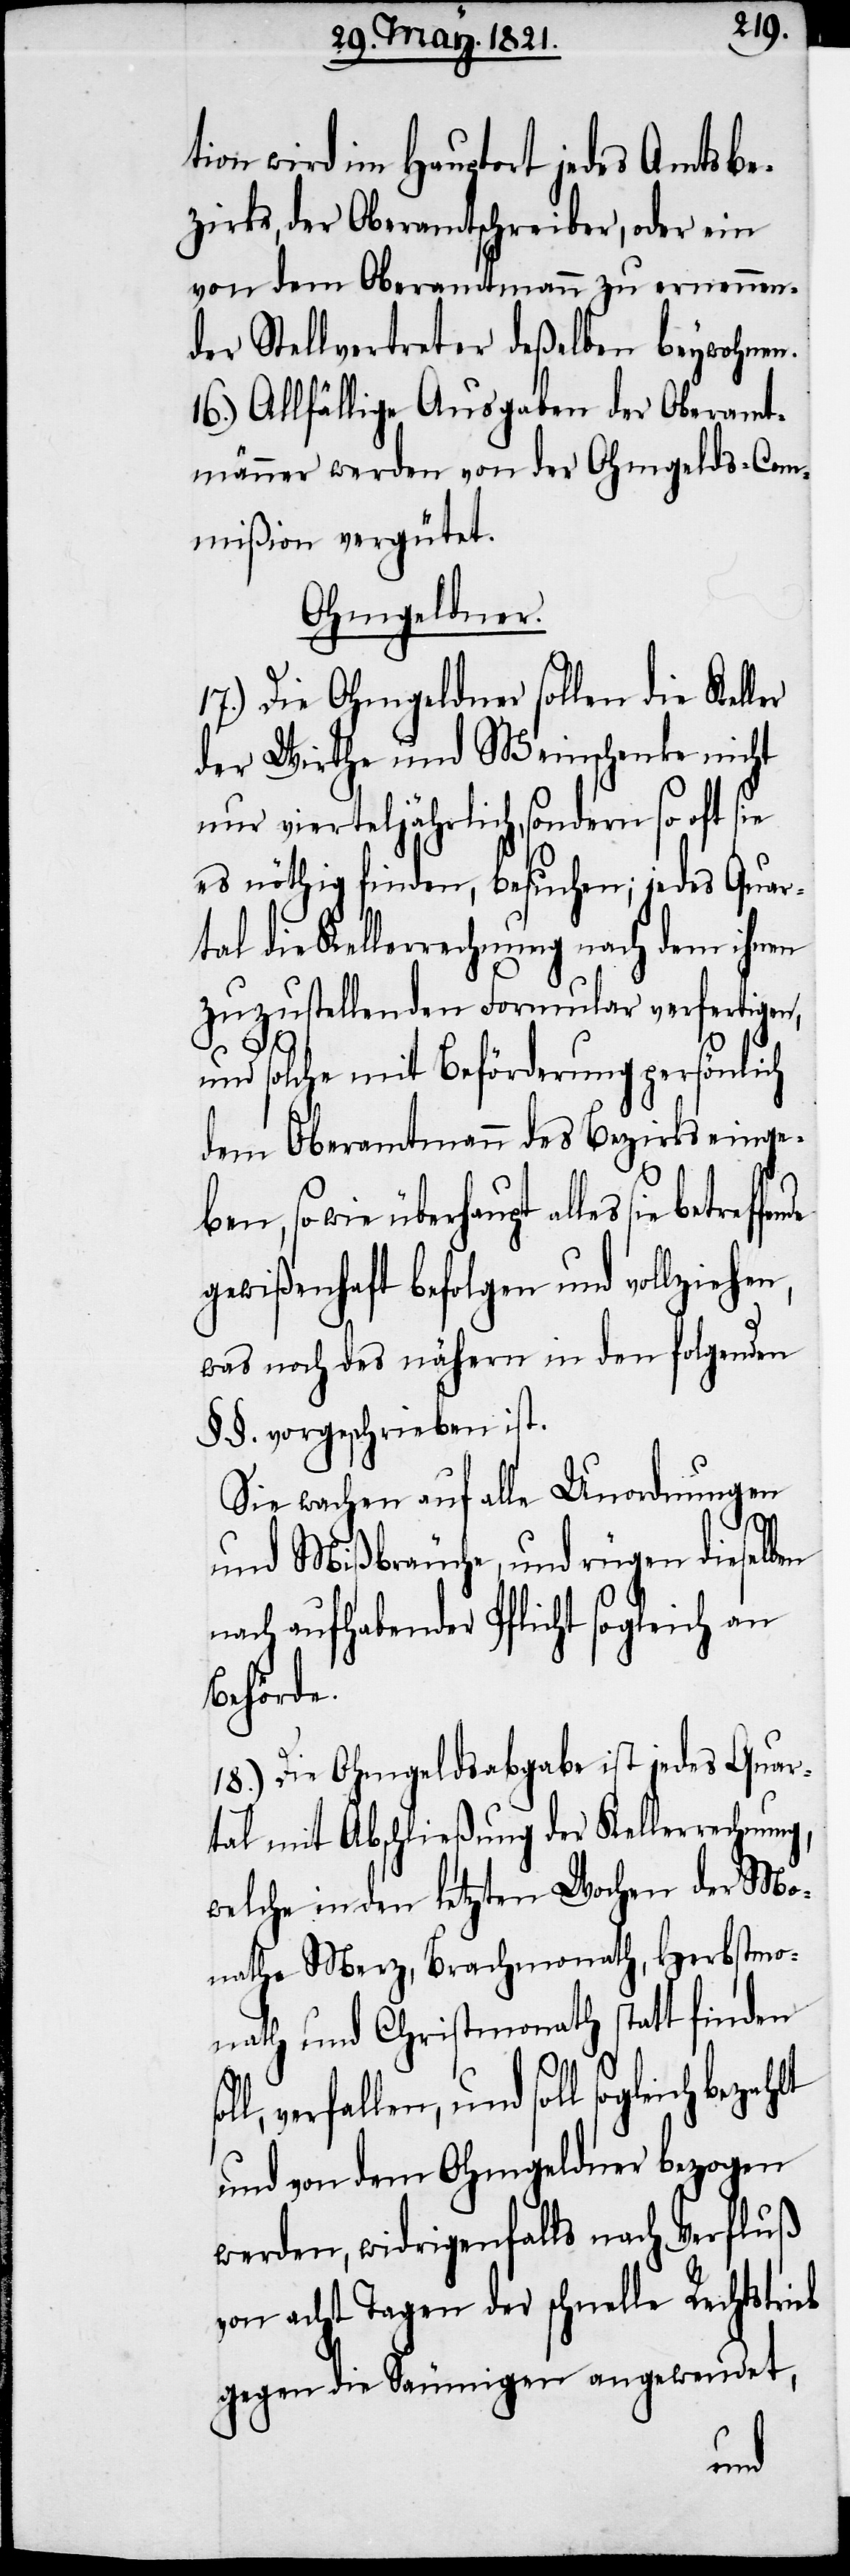
tion wird im Hauptort jedes Amtsbe¬
zirks, der Oberamtschreiber, oder ein
von dem Oberamtmann zu ernennen¬
der Stellvertreter deßelben beywohnen.
16.) Allfällige Ausgaben der Oberamt¬
männer werden von der Ohmgelds-Com¬
mißion vergütet.
Ohmgeldner.
17.) Die Ohmgeldner sollen die Keller
der Wirthe und Weinschenke nicht
nur vierteljährlich, sondern so oft
es nöthig finden, besuchen; jedes Quar¬
tal die Kellerrechnung nach dem ihnen
zuzustellenden Formular verfertigen,
und solche mit Beförderung persönlich
dem Oberamtmann des Bezirks einge¬
ben, sowie überhau¬
gewißenhaft befolgen und vollziehe¬
was noch des nähern in den folgenden
§§. vorgeschrieben ist.
Sie wachen auf alle Unordnungen
und Mißbräuche, und rügen dieselben
nach aufhabender Pflicht sogleich an
Behörde.
18.) Die Ohmgeldsabgabe ist jedes Quar¬
tal mit Abschließung der Kellerrechnung,
welche in den letzten Wochen der Mo¬
nathe Merz, Brachmonath, Herbstmo¬
nath und Christmonath statt finden
und soll sogleich bezahlt
und von dem Ohmgeldner bezogen
werden, widrigenfalls nach Verfluß
von acht Tagen der schnelle Rechtstri¬
gegen die Säumigen angewendet,
eb